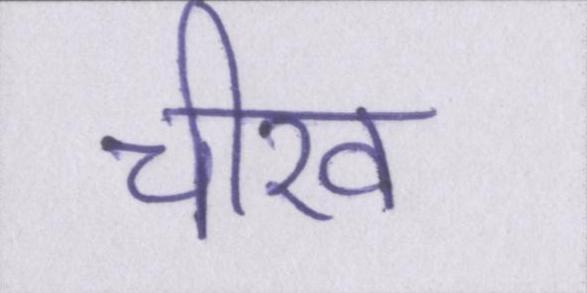
चीख